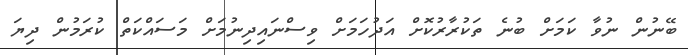
ބޭނުން ނުވާ ކަމަށް ބުނެ ތަކުރާރުކޮށް އަދުހަމަށް ވިސްނައިދިނުމަށް މަސައްކަތް ކުރަމުން ދިޔަ